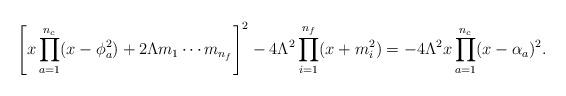
LaTeX: \begin{align*}\left[ x \prod_{a=1}^{n_{c}} (x-\phi_{a}^{2}) + 2\Lambda m_{1} \cdots m_{n_{f}} \right]^{2} - 4\Lambda^{2} \prod_{i=1}^{n_{f}}(x+m_{i}^{2}) = -4\Lambda^{2} x \prod_{a=1}^{n_{c}} (x-\alpha_{a})^{2}. \end{align*}